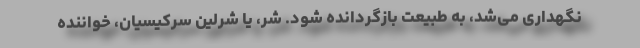
نگهداری می‌شد، به طبیعت بازگردانده شود. شر، یا شرلین سرکیسیان، خواننده